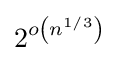
2^{o\left(n^{1/3}\right)}